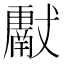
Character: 𱮪